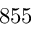
8 5 5